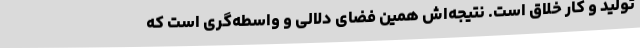
تولید و کار خلاق است. نتیجه‌اش همین فضای دلالی و واسطه‌گری است که